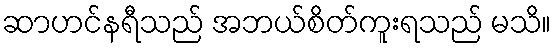
ဆာဟင်နရီသည် အဘယ်စိတ်ကူးရသည် မသိ။